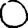
Digit: 0